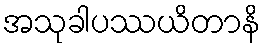
အသုခါပဿယိတာနိ